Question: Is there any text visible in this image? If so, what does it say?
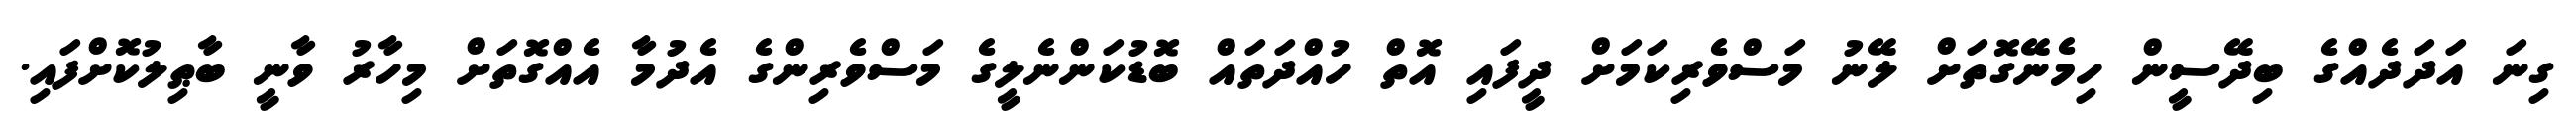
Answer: ގިނަ އަދަދެއްގެ ބިދޭސީން ހިމެނޭގޮތަށް ލޭނު މަސްވެރިކަމަށް ދީފައި އޮތް ހުއްދަތައް ބޮޑުކަންނެލީގެ މަސްވެރިންގެ އެދުމާ އެއްގޮތަށް މިހާރު ވާނީ ބާޠިލުކޮށްފައި.